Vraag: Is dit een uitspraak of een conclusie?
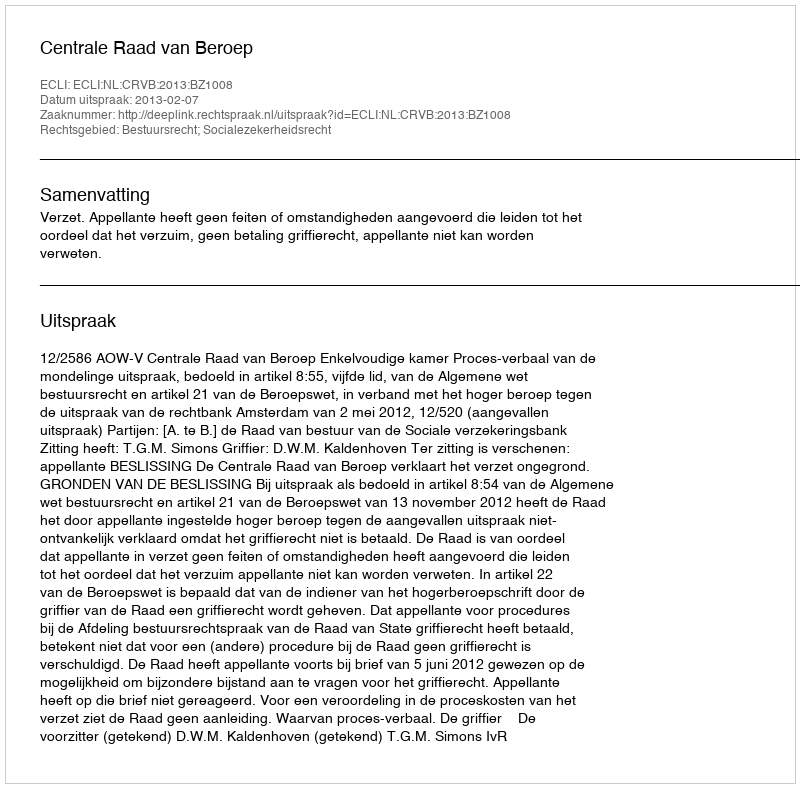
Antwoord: Uitspraak